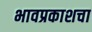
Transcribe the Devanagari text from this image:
भावप्रकाशचा